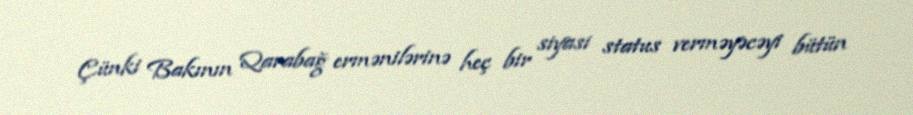
Çünki Bakının Qarabağ ermənilərinə heç bir siyasi status verməyəcəyi bütün